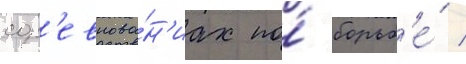
сор'евнова́н'иах по́ борьб'е́ /